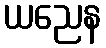
ယညေန